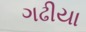
ગઢીયા